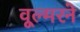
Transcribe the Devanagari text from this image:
वूल्मरने